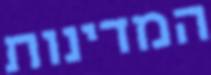
המדינות